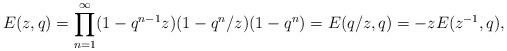
LaTeX: \begin{align*}E(z,q)=\prod_{n=1}^{\infty}(1-q^{n-1}z)(1-q^n/z)(1-q^n)=E(q/z,q)=-zE(z^{-1},q),\end{align*}